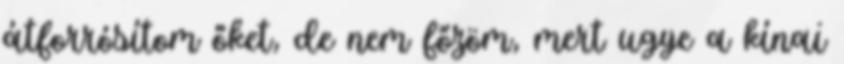
átforrósítom őket, de nem főzöm, mert ugye a kínai